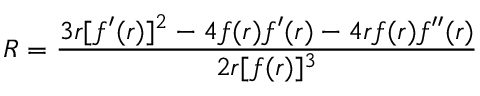
R = { \frac { 3 r [ f ^ { \prime } ( r ) ] ^ { 2 } - 4 f ( r ) f ^ { \prime } ( r ) - 4 r f ( r ) f ^ { \prime \prime } ( r ) } { 2 r [ f ( r ) ] ^ { 3 } } }